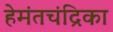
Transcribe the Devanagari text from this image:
हेमंतचंद्रिका